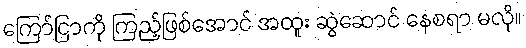
ကြော်ငြာကို ကြည့်ဖြစ်အောင် အထူး ဆွဲဆောင် နေစရာ မလို။